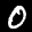
Label: 0